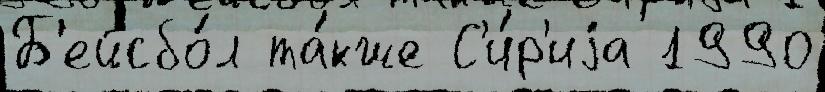
Б'ейсбо́л та́кже С'и́р'иjа 1990